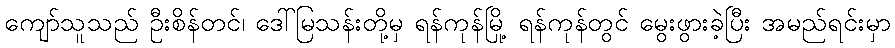
ကျော်သူသည် ဦးစိန်တင်၊ ဒေါ်မြသန်းတို့မှ ရန်ကုန်မြို့ ရန်ကုန်တွင် မွေးဖွားခဲ့ပြီး အမည်ရင်းမှာ